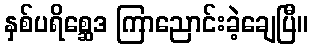
နှစ်ပရိစ္ဆေဒ ကြာညောင်းခဲ့ချေပြီ။